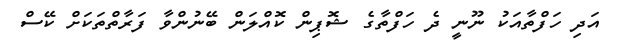
އަދި ހަފްތާއަކު ނޫނީ ދެ ހަފްތާގެ ޝޮޕިން ކޮއްލަން ބޭނުންވާ ފަރާތްތަކަށް ކޭސް